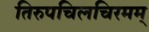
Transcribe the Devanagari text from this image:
तिरुपचिलचिरमम्